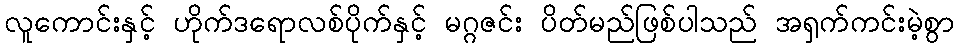
လူကောင်းနှင့် ဟိုက်ဒရောလစ်ပိုက်နှင့် မဂ္ဂဇင်း ပိတ်မည်ဖြစ်ပါသည် အရှက်ကင်းမဲ့စွာ